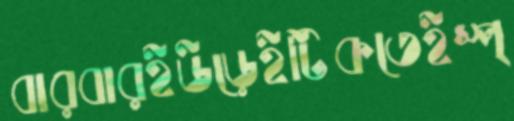
বারবারইউড়েইটিকতেইস্প্